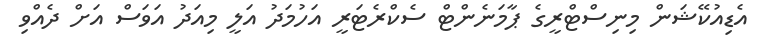
އެޑިއުކޭޝަން މިނިސްޓްރީގެ ޕާމަނެންޓް ސެކްރެޓަރީ އަހުމަދު އަލީ މިއަދު އަވަސް އަށް ދެއްވި